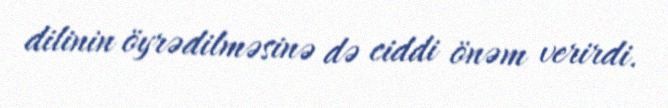
dilinin öyrədilməsinə də ciddi önəm verirdi.